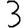
Digit: 3